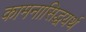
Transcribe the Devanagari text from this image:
कामनासिद्धयर्थ